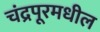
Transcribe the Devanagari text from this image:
चंद्रपूरमधील